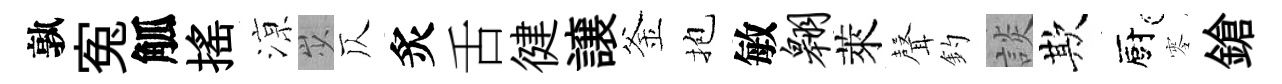
孰寃觚揺鿌𡵯仄炙舌徤譲釜抱敏翱萊𮋻釣談欺廚零鎗